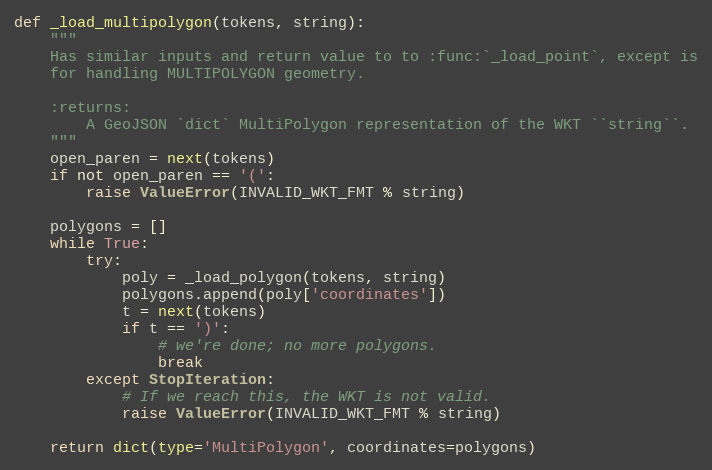
Language: Python
def _load_multipolygon(tokens, string):
    """
    Has similar inputs and return value to to :func:`_load_point`, except is
    for handling MULTIPOLYGON geometry.

    :returns:
        A GeoJSON `dict` MultiPolygon representation of the WKT ``string``.
    """
    open_paren = next(tokens)
    if not open_paren == '(':
        raise ValueError(INVALID_WKT_FMT % string)

    polygons = []
    while True:
        try:
            poly = _load_polygon(tokens, string)
            polygons.append(poly['coordinates'])
            t = next(tokens)
            if t == ')':
                # we're done; no more polygons.
                break
        except StopIteration:
            # If we reach this, the WKT is not valid.
            raise ValueError(INVALID_WKT_FMT % string)

    return dict(type='MultiPolygon', coordinates=polygons)